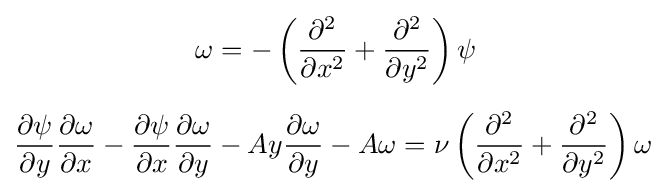
{\begin{aligned}\omega &=-\left({\frac {\partial ^{2}}{\partial x^{2}}}+{\frac {\partial ^{2}}{\partial y^{2}}}\right)\psi \\[6pt]{\frac {\partial \psi }{\partial y}}{\frac {\partial \omega }{\partial x}}-{\frac {\partial \psi }{\partial x}}{\frac {\partial \omega }{\partial y}}&-Ay{\frac {\partial \omega }{\partial y}}-A\omega =\nu \left({\frac {\partial ^{2}}{\partial x^{2}}}+{\frac {\partial ^{2}}{\partial y^{2}}}\right)\omega \end{aligned}}